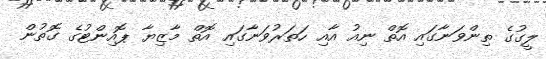
ލީގުގެ ތިންވަނާގައި އޮތް ނިއު އާއި ހަތަރުވަނާގައި އޮތް މާޒިޔާ ޕޮއިންޓުގެ ގޮތުން